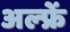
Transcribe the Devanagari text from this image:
अल्फ्रें